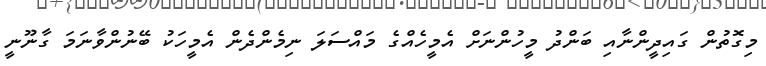
މިގޮތުން ގައިދީންނާއި ބަންދު މީހުންނަށް އެމީހެއްގެ މައްސަލަ ނިމެންދެން އެމީހަކު ބޭނުންވާނަމަ ގާނޫނީ